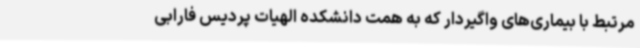
مرتبط با بیماری‌های واگیردار که به همت دانشکده الهیات پردیس فارابی